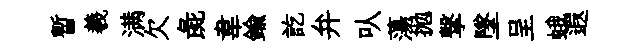
暫羲满欠彘韋鍮訖弁㕥蕩拋撃墜呈蛾遐